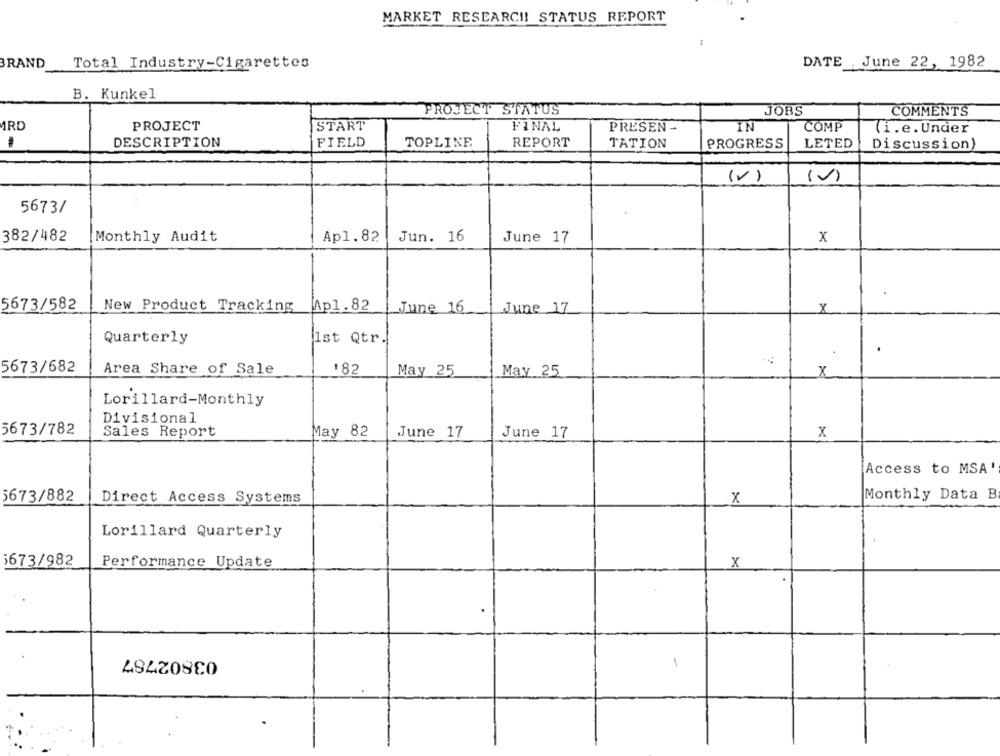
MARKET RESEARCH! STATUS REPORT
BRAND
Total Industry-Cigarettes
DATE June 22, 1982
B. Kunkel
PROJECT STATUS
JOBS
COMMENTS
MRD
PROJECT
START
FINAL
PRESEN -
IN
COMP
(i.e.Under
DESCRIPTION
FIELD
REPORT
TATION
PROGRESS
LETED
TOPLINE
Discussion)
(V)
()
5673/
382/482
Monthly Audit
Ap1.82
Jun. 16
June 17
x
5673/582
New Product Tracking
Mp1.82
June 16
June 17
Quarterly
1st Qtr
.
5673/682
Area Share of Sale
182
May 25
May 25
X
Lorillard-Monthly
Divisional
5673/782
Sales Report
May 82
June 17
June 17
X
Access to MSA '
5673/882
Direct Access Systems
X
Monthly Data B
Lorillard Quarterly
5673/982
Performance Update
X
03802787
1